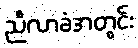
ညီလာခံအတွင်း